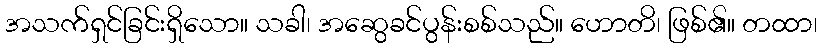
အသက်ရှင်ခြင်းရှိသော။ သခါ၊ အဆွေခင်ပွန်းစစ်သည်။ ဟောတိ၊ ဖြစ်၏။ တထာ၊